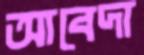
আবেদা